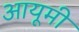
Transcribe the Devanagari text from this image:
आयूमी